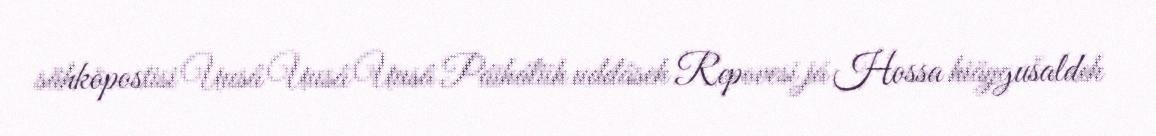
sähköpostisi Uusâ Uusâ Uusâ Páiháliih uđđâseh Repovesi já Hossa hiäŋgušaldeh